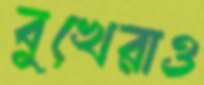
বুখেরাও